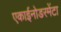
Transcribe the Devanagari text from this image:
एकाईनोडरमेंटा